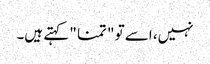
نہیں، اسے تو " تمنا " کہتے ہیں۔